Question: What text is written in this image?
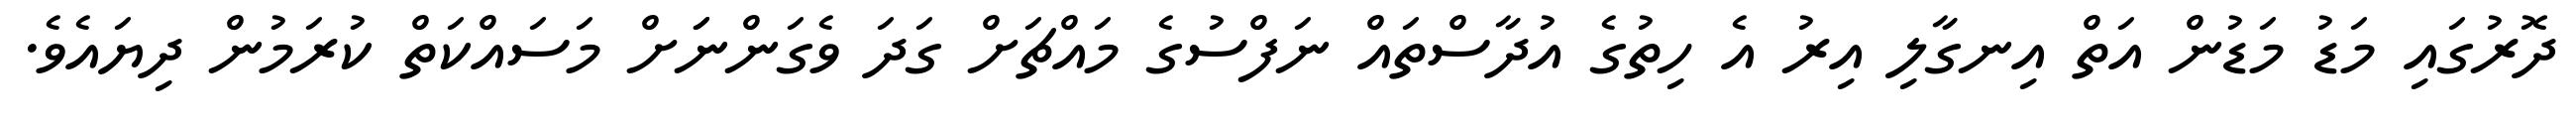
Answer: ދޮރުގައި މަޑު މަޑުން އަތް އިނގާލި އިރު އެ ހިތުގެ އުދާސްތައް ނަފްސުގެ މައްޗަށް ގަދަ ވެގަންނަަށް މަސައްކަތް ކުރަމުން ދިޔައެވެ.